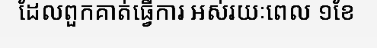
ដែលពួកគាត់ធ្វើការ អស់រយៈពេល ១ខែ